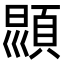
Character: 𩒳